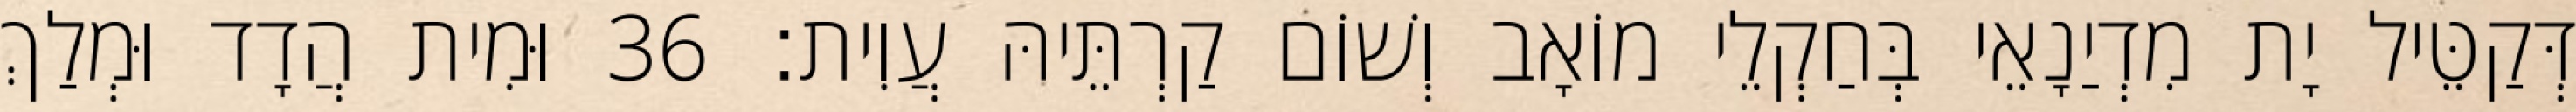
דְּקַטֵּיל יָת מִדְיַנָאֵי בְּחַקְלֵי מוֹאָב וְשׁוֹם קַרְתֵּיהּ עֲוִית׃ 36 וּמִית הֲדָד וּמְלַךְ